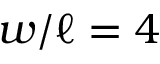
w / \ell = 4